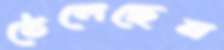
ঠেলেছেন